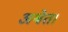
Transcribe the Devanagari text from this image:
अश्वेत।